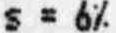
S = 6%